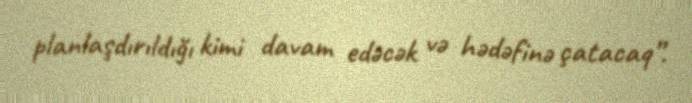
planlaşdırıldığı kimi davam edəcək və hədəfinə çatacaq”.